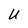
Character: U